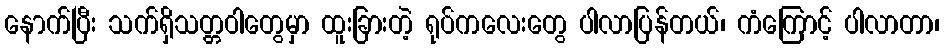
နောက်ပြီး သက်ရှိသတ္တဝါတွေမှာ ထူးခြားတဲ့ ရုပ်ကလေးတွေ ပါလာပြန်တယ်၊ ကံကြောင့် ပါလာတာ၊